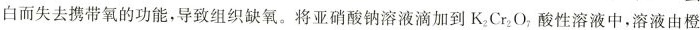
白而失去携带氧的功能，导致组织缺氧。将亚硝酸钠溶液滴加到K_{2}Cr_{2}O_{7}，酸性溶液中，溶液由橙